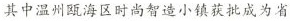
其中温州瓯海区时尚智造小镇获批成为省